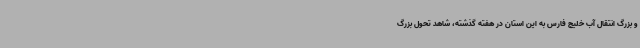
و بزرگ انتقال آب خلیج فارس به این استان در هفته گذشته، شاهد تحول بزرگ